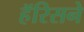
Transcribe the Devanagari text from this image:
हॅरिसने